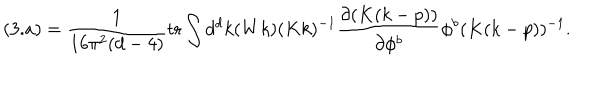
( 3 . a ) = \frac { 1 } { 1 6 \pi ^ { 2 } ( d - 4 ) } \mathrm { t r } \int d ^ { d } k ( W k ) ( K k ) ^ { - 1 } \frac { \partial ( K ( k - p ) ) } { \partial \phi ^ { b } } \phi ^ { b } ( K ( k - p ) ) ^ { - 1 } .